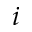
i